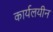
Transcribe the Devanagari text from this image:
कार्यलयीन